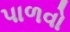
પાળવો